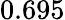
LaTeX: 0.695